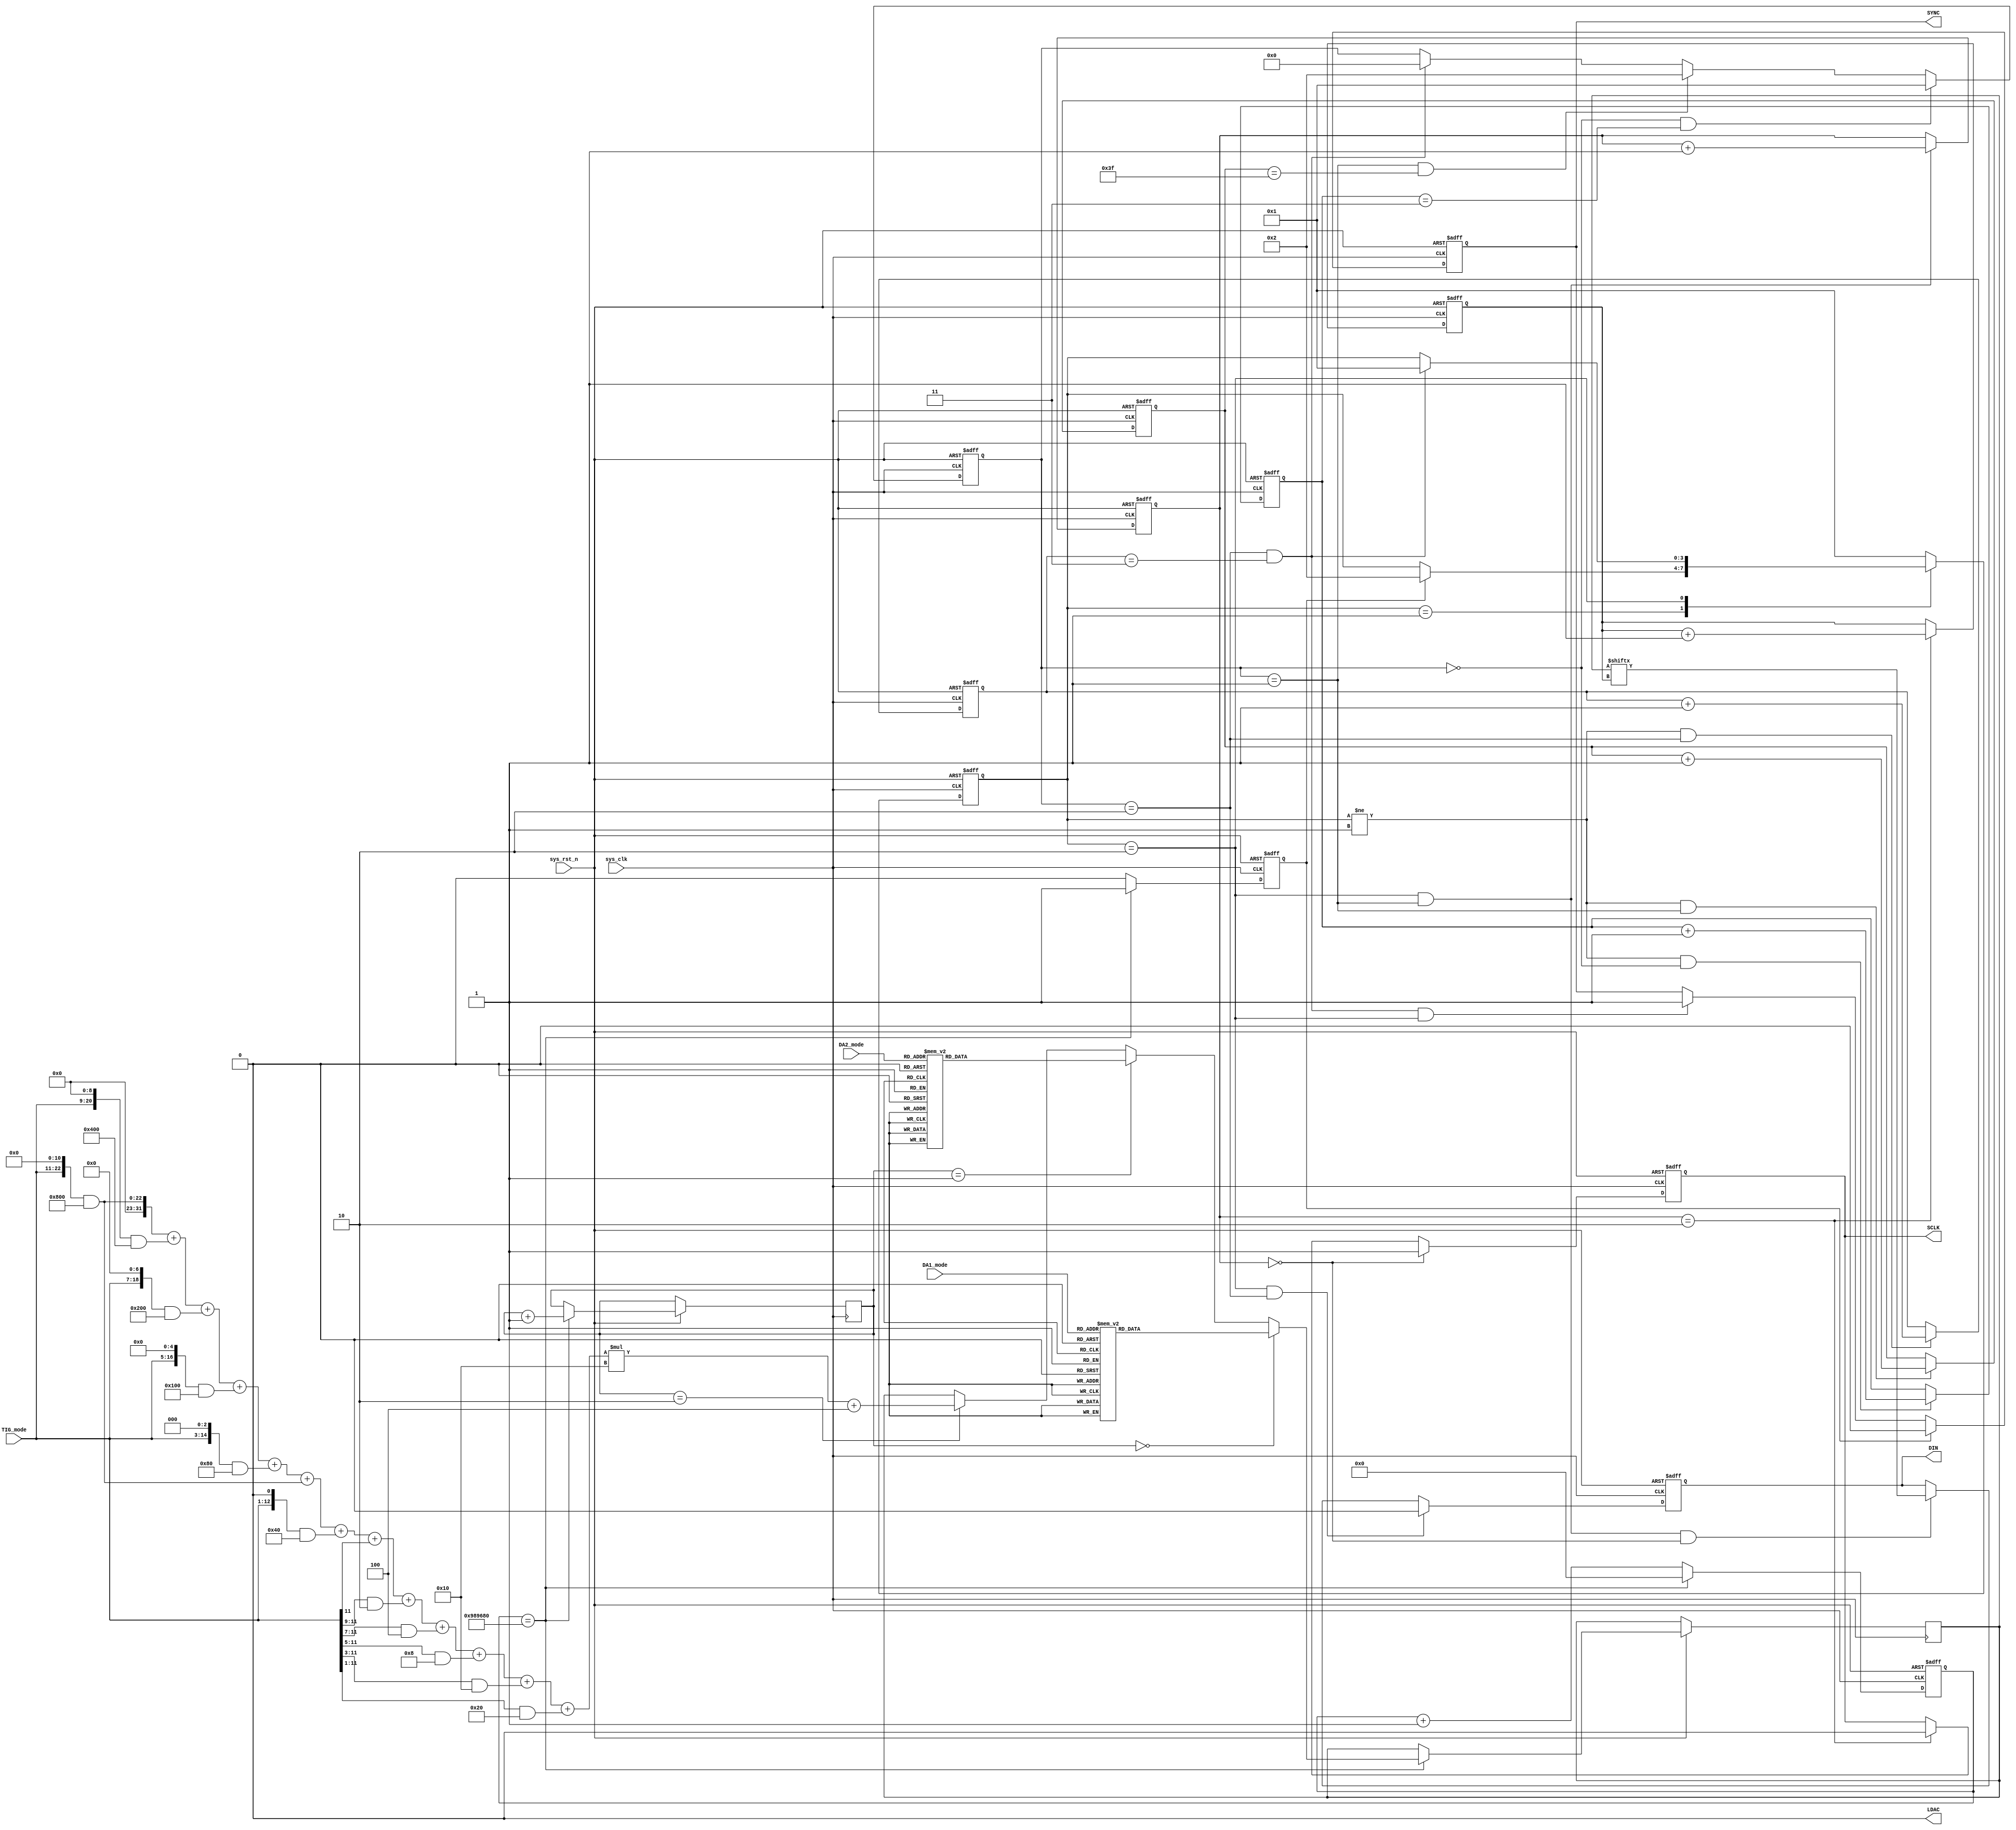
module DAC
(
    input wire	sys_clk,
    input wire	sys_rst_n,
	input wire	[3:0]	DA1_mode,
    input wire	[3:0]	DA2_mode,
    input wire	[11:0]	TIG_mode,
    
    output reg LDAC,
    output reg SYNC,
    output reg SCLK,
    output reg DIN
);
reg	[1:0] channel;
reg	key_flag;
reg	[26:0]	flag_cnt;
reg [15:0]	Data;
reg [2:0]	DA1_mode_temp;
reg [2:0]	DA2_mode_temp;
parameter       IDLE  = 2'b01,          //
                WREN  = 2'b10;          //


reg         [3:0]           state;
reg         [1:0]           cnt_clk1;        //         
reg         [5:0]           cnt_clk2;        //
reg         [1:0]           cnt_clk3;        //         
reg         [3:0]           cnt_byte;
reg         [1:0]           cnt_sck;
reg         [3:0]           cnt_bit;        //1bit
integer i;
reg [11:0]nnn;
initial
	begin
		LDAC <= 1'b0;
        Data <= 16'b0000_1000_1111_000_0;
	end
always@(posedge sys_clk or negedge sys_rst_n)
	if(sys_rst_n == 1'b0)
    	begin
        key_flag <= 1'b0;
        flag_cnt <= 27'd0;
        end
     else   
        begin
        if(flag_cnt == 27'd10_000_000)
        	begin
        	key_flag <= 1'b1;
            flag_cnt <= 27'd0;
            
            channel <= channel + 1'b1;
            if(channel == 2'd0)
            	begin
                case(DA1_mode)
                4'd0:Data <= 16'b1100_1101_1100_000_0;
   				4'd1:Data <= 16'b0011_0111_1100_000_0;
   				4'd2:Data <= 16'b1001_0010_0010_000_0;
   				4'd3:Data <= 16'b1001_1011_1010_000_0;
   				4'd4:Data <= 16'b0000_0111_1000_000_0;
   				4'd5:Data <= 16'b1110_1010_0100_000_0;//?
   				4'd6:Data <= 16'b0111_0111_1100_000_0;
   				4'd7:Data <= 16'b0001_0010_0010_000_0;
   				4'd8:Data <= 16'b0110_1111_1010_000_0;
   				4'd9:Data <= 16'b0100_0111_1000_000_0;
   				4'd10:Data <= 16'b0000_1010_0100_000_0;//20mv
   				4'd11:Data <= 16'b0000_0111_0100_000_0;//10mv
   				4'd12:Data <= 16'b0101_1110_1100_000_0;//5mv
   				4'd13:Data <= 16'b0000_0011_1100_000_0;//4mv
   				4'd14:Data <= 16'b0000_0001_1010_000_0;//2mv
   				4'd15:Data <= 16'b0000_0001_1010_000_0;//2mv
   				default : Data <= 16'b0000_0000_0000_000_0;
   				endcase
                end
            else if(channel == 2'd1)
            	begin
                case(DA2_mode)
                4'd0:Data <= 16'b0001_0111_1100_100_0;
   				4'd1:Data <= 16'b1001_0100_0010_100_0;
   				4'd2:Data <= 16'b1111_1110_0010_100_0;
   				4'd3:Data <= 16'b1000_0111_1010_100_0;//
   				4'd4:Data <= 16'b1011_0010_0100_100_0;//0.4v
   				4'd5:Data <= 16'b0011_0011_0100_100_0;//
   				4'd6:Data <= 16'b0010_0100_0010_100_0;//
   				4'd7:Data <= 16'b1111_0001_0010_100_0;
   				4'd8:Data <= 16'b1000_0000_0110_100_0;//
   				4'd9:Data <= 16'b0000_1010_0100_100_0;
   				4'd10:Data <= 16'b0101_0011_0100_100_0;//
   				4'd11:Data <= 16'b0111_1000_1100_100_0;//
   				4'd12:Data <= 16'b0100_1010_1100_100_0;
   				4'd13:Data <= 16'b1000_1011_1100_100_0;
   				4'd14:Data <= 16'b0010_1111_1000_100_0;
   				4'd15:Data <= 16'b0010_1111_1000_100_0;
   				default : Data <= 16'b0000_0000_0000_100_0;
   				endcase
                end
            else if(channel == 2'd2)
            	begin

                Data <= ((TIG_mode<<11 & 12'b1000_0000_0000) + (TIG_mode<<9 & 12'b0100_0000_0000) + (TIG_mode<<7 & 12'b0010_0000_0000) + (TIG_mode<<5 & 12'b0001_0000_0000) + (TIG_mode<<3 & 12'b0000_1000_0000) + (TIG_mode<<11 & 12'b1000_0000_0000) + (TIG_mode<<1 & 12'b000_0100_0000) + (TIG_mode>>11 & 12'b0000_0000_0001) + (TIG_mode>>9 & 12'b0000_0000_0010) + (TIG_mode>>7 & 12'b0000_0000_0100) + (TIG_mode>>5 & 12'b0000_0000_1000) + (TIG_mode>>3 & 12'b0000_0001_0000) + (TIG_mode>>1 & 12'b0000_0010_0000))*16+4;
                end    
            end
        else
        	begin
            key_flag <= 1'b0;
            flag_cnt <= flag_cnt + 1'b1;
            end
        end
        
//always@(posedge sys_clk or negedge sys_rst_n)
//	if(sys_rst_n == 0)
//    	begin
//        Data <= 16'd0;
//        end
//	else











    
always@(posedge sys_clk or negedge sys_rst_n)       //
    if(sys_rst_n == 0)
        state <= IDLE;
    else
        case(state)
            IDLE    :   if(key_flag == 1)state <= WREN;     //
            WREN    :   if(cnt_byte == 4'd2 && cnt_clk3 == 2'd3)state <= IDLE;
            default :   state <= IDLE;
        endcase    

always@(posedge sys_clk or negedge sys_rst_n)//*********       
    if(sys_rst_n == 0)
        cnt_clk1 <= 2'd0;
    else if(state != IDLE && cnt_byte == 4'd0)
        cnt_clk1 <= cnt_clk1 + 1;
always@(posedge sys_clk or negedge sys_rst_n)       
    if(sys_rst_n == 0)
        cnt_clk2 <= 6'd0;
    else if(state != IDLE && cnt_byte == 4'd1)
        cnt_clk2 <= cnt_clk2 + 1;       
always@(posedge sys_clk or negedge sys_rst_n)//*********       
    if(sys_rst_n == 0)
        cnt_clk3 <= 2'd0;
    else if(state != IDLE && cnt_byte == 4'd2)
        cnt_clk3 <= cnt_clk3 + 1;

always@(posedge sys_clk or negedge sys_rst_n)       //
    if(sys_rst_n == 0)
        cnt_byte <= 0;
    else if(cnt_byte == 4'd0 && cnt_clk1 == 2'd3)
        cnt_byte <= 1;
    else if(cnt_byte == 4'd1 && cnt_clk2 == 6'd63)
        cnt_byte <= 2;
    else if(cnt_byte == 4'd2 && cnt_clk3 == 2'd3)
        cnt_byte <= 0;         


always@(posedge sys_clk or negedge sys_rst_n)       //4spi
    if(sys_rst_n == 0)
        cnt_sck <= 2'd0;
    else if(state == WREN && cnt_byte == 4'd1)
        cnt_sck <= cnt_sck + 1;


always@(posedge sys_clk or negedge sys_rst_n)       //bit
    if(sys_rst_n == 0)        
        cnt_bit <= 3'b0;
    else if(cnt_sck == 2'd2)        
        cnt_bit <= cnt_bit + 1'b1;

always@(posedge sys_clk or negedge sys_rst_n)       //
    if(sys_rst_n == 0)
        SYNC <= 1;
    else if(key_flag == 1)
        SYNC <= 0;
    else if(cnt_byte == 4'd2 && cnt_clk3 == 2'd3 && state == WREN)
        SYNC <= 1;


always@(posedge sys_clk or negedge sys_rst_n)       //
    if(sys_rst_n == 0)
        DIN <= 0;
    else if(state == WREN && cnt_byte == 4'd2)
        DIN <= 0;
    else if(state == WREN && cnt_byte == 4'd1 && cnt_sck == 2'd0)
        DIN <= Data[cnt_bit];



always@(posedge sys_clk or negedge sys_rst_n)//spi
    if(sys_rst_n == 0)
        SCLK  <= 1;
    else if(cnt_sck == 2'd0)
        SCLK  <= 1;
    else if(cnt_sck == 2'd2)
        SCLK  <= 0;


endmodule